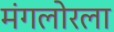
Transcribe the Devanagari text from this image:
मंगलोरला